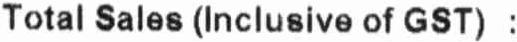
TOTAL SALES (INCLUSIVE OF GST) :